Report on the Civil Veterinary Department, Eastern Bengal and Assam - 1907-1911
Year: 1907
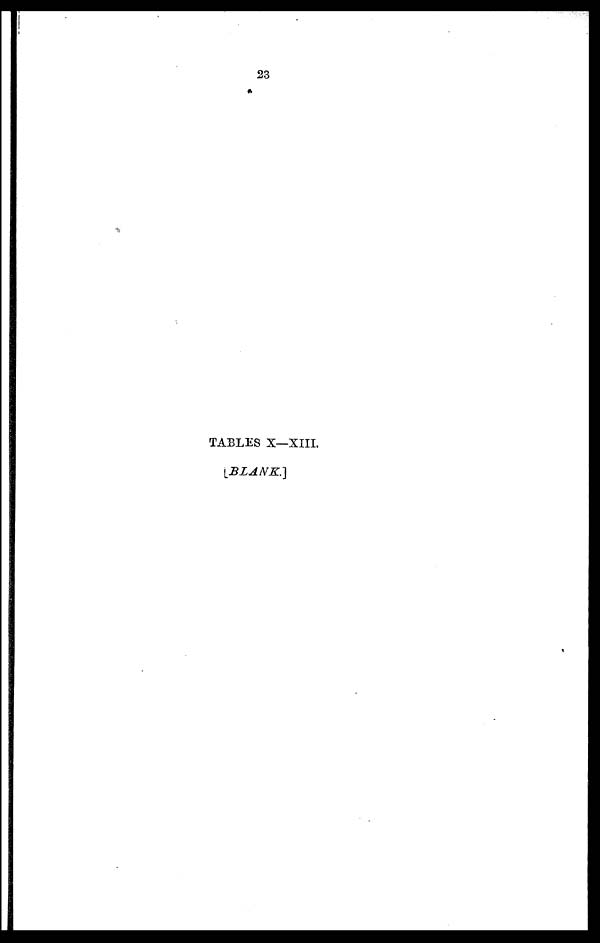
TABLES X—XIII.
[BLANK.]